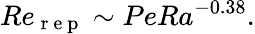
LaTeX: Re_{\mathrm{~r~e~p~}}\sim PeRa^{-0.38}.